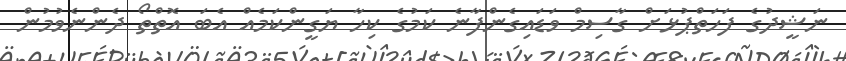
ނަޝީދުގެ ފަހަތްޕުޅަށް ގާސިމް ވަޑައިގެންފާނެ ކަމުގެ ކިހާ ޔަގީންކަމެއް އެބަ އޮތްތޯ ދެންނެވުމުން